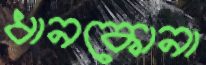
ধানকোনা